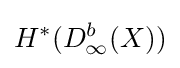
H^{*}(D_{\infty }^{b}(X))